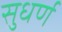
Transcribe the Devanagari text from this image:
सुधर्ण